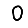
Digit: 0